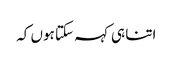
اتنا ہی کہہ سکتا ہوں کہ